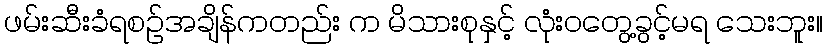
ဖမ်းဆီးခံရစဉ်အချိန်ကတည်း က မိသားစုနှင့် လုံးဝတွေ့ခွင့်မရ သေးဘူး။